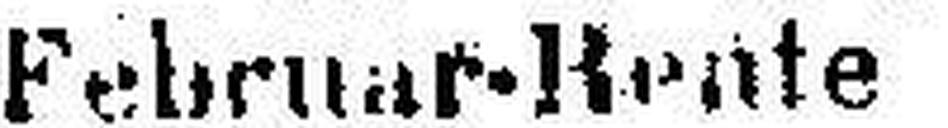
Februar-Rente